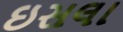
ઇસલા